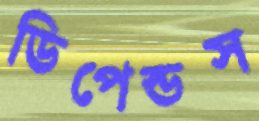
ডিপেন্ডস